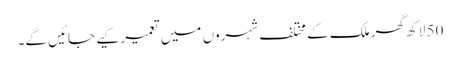
50 لاکھ گھر ملک کے مختلف شہروں میں تعمیر کیے جائیں گے۔